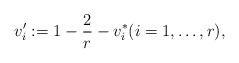
LaTeX: \begin{align*} v_i':= 1 - \dfrac{2}{r} - v_i^* (i = 1, \dots, r), \end{align*}